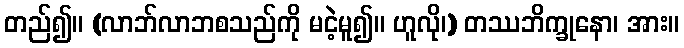
တည်၍။ (လာဘ်လာဘစသည်ကို မငဲ့မူ၍။ ဟူလို၊) တဿဘိက္ခုနော၊ အား။